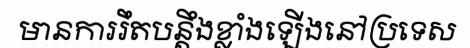
មានការរឹតបន្តឹងខ្លាំងឡើងនៅប្រទេស